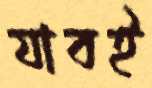
যাবই